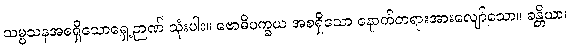
သမ္မသနအစရှိသောရှေ့ဉာဏ် သုံးပါး။ ဗောဓိပက္ခယ အစရှိသော နောက်တရားအားလျော်သော။ ခန္တိယာ၊